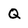
Character: Q